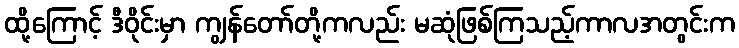
ထို့ကြောင့် ဒီဝိုင်းမှာ ကျွန်တော်တို့ကလည်း မဆုံဖြစ်ကြသည့်ကာလအတွင်းက